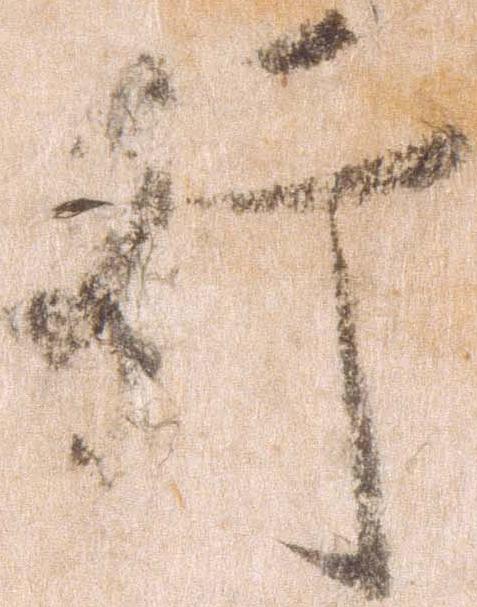
行